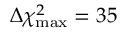
\Delta \chi _ { \mathrm { m a x } } ^ { 2 } = 3 5